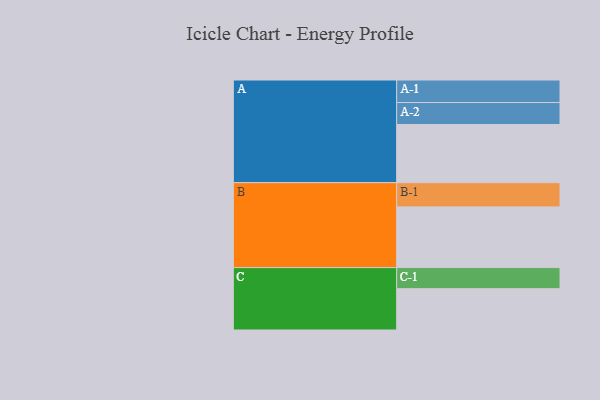
{"axis": {"x": "Segment", "y": "Value"}, "legend": ["", "A", "B", "C"], "data": [{"x": "A", "y": 449, "type": ""}, {"x": "B", "y": 469, "type": ""}, {"x": "C", "y": 319, "type": ""}, {"x": "A-1", "y": 174, "type": "A"}, {"x": "A-2", "y": 170, "type": "A"}, {"x": "B-1", "y": 187, "type": "B"}, {"x": "C-1", "y": 163, "type": "C"}]}